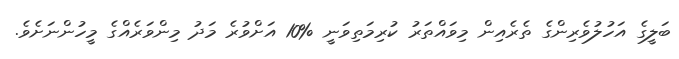
ބަލީގެ އަހުލުވެރިންގެ ތެރެއިން މިވައްތަރު ކުރިމަތިވަނީ %10 އަށްވުރެ މަދު މިންވަރެއްގެ މީހުންނަށެވެ.